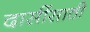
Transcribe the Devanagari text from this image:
दासींसाठी